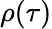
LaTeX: \rho(\tau)